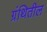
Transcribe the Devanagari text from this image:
ग्रंथितील